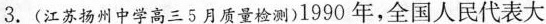
3.(江苏扬州中学高三5月质量检测)1990年，全国人民代表大